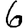
Digit: 6